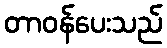
တာဝန်ပေးသည်